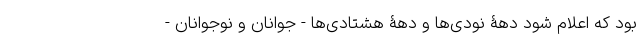
بود که اعلام شود دهۀ نودی‌ها و دهۀ هشتادی‌ها - جوانان و نوجوانان -